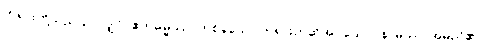
တရားတို့သည်သာလျှင်။ ဧကဓမ္မဿ၊ တစ်ခုသော တရားဟုဆိုအပ်သော။ နာမဿ၊ အမည်၏။